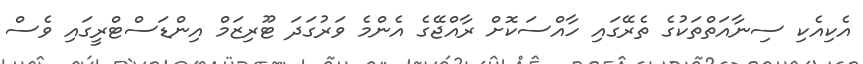
އެކިއެކި ސިނާއަތްތަކުގެ ތެރޭގައި ހާއްސަކޮށް ރާއްޖޭގެ އެންމެ ވަރުގަދަ ޓޫރިޒަމް އިންޑަސްޓްރީގައި ވެސް